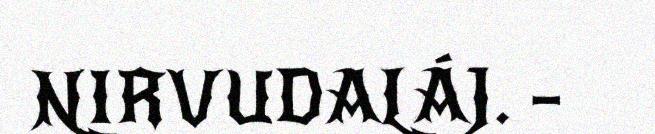
NIRVUDALÁJ. –